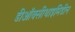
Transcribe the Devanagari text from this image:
डीऑक्सीथाइमिडीन